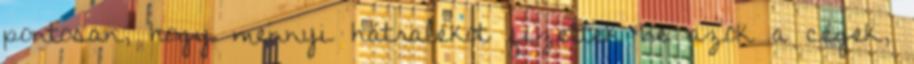
pontosan, hogy mennyi hátralékot fizettek be azok a cégek,